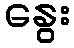
နွေး